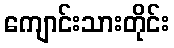
ကျောင်းသားတိုင်း